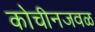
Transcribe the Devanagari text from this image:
कोचीनजवळ